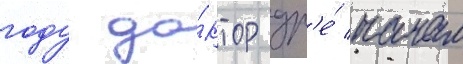
году до́ктор др'е́ начал